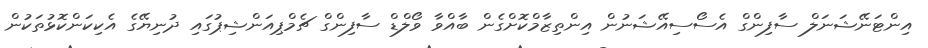
އިންޓަނޭޝަނަލް ސާފިންގް އެސޯސިއޭޝަނުން އިންތިޒާމްކޮށްގެން ބާއްވާ ވޯލްޑް ސާފިންގް ޗެމްޕިއަންޝިޕުގައި ދުނިޔޭގެ އެކިކަންކޮޅުތަކުން